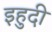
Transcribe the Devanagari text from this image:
इहुदी